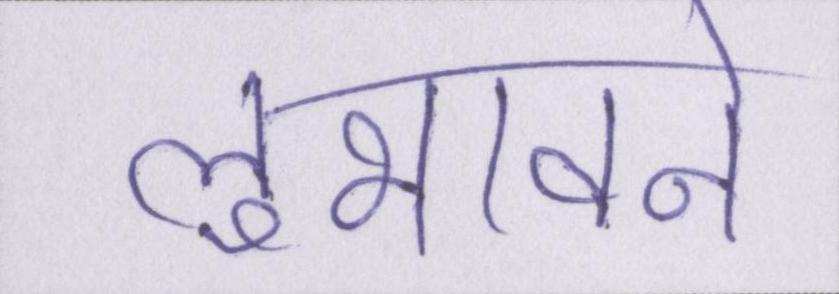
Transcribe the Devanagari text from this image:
लुभावने